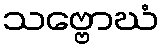
သဗ္ဗောဃံ